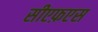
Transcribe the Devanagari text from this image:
सीएफ़एस